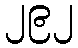
၂၉၂